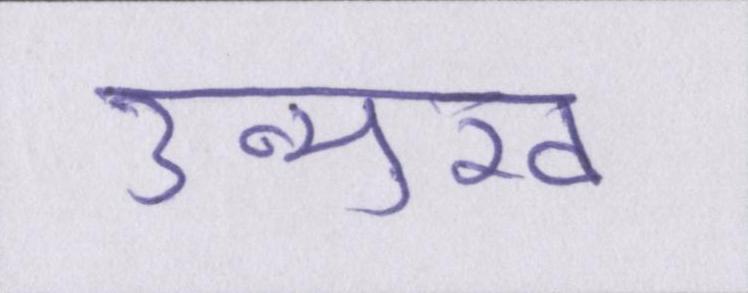
उन्मुख